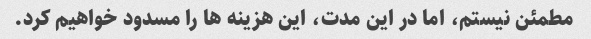
مطمئن نیستم، اما در این مدت، این هزینه ها را مسدود خواهیم کرد.